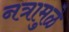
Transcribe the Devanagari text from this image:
नत्रामुळे